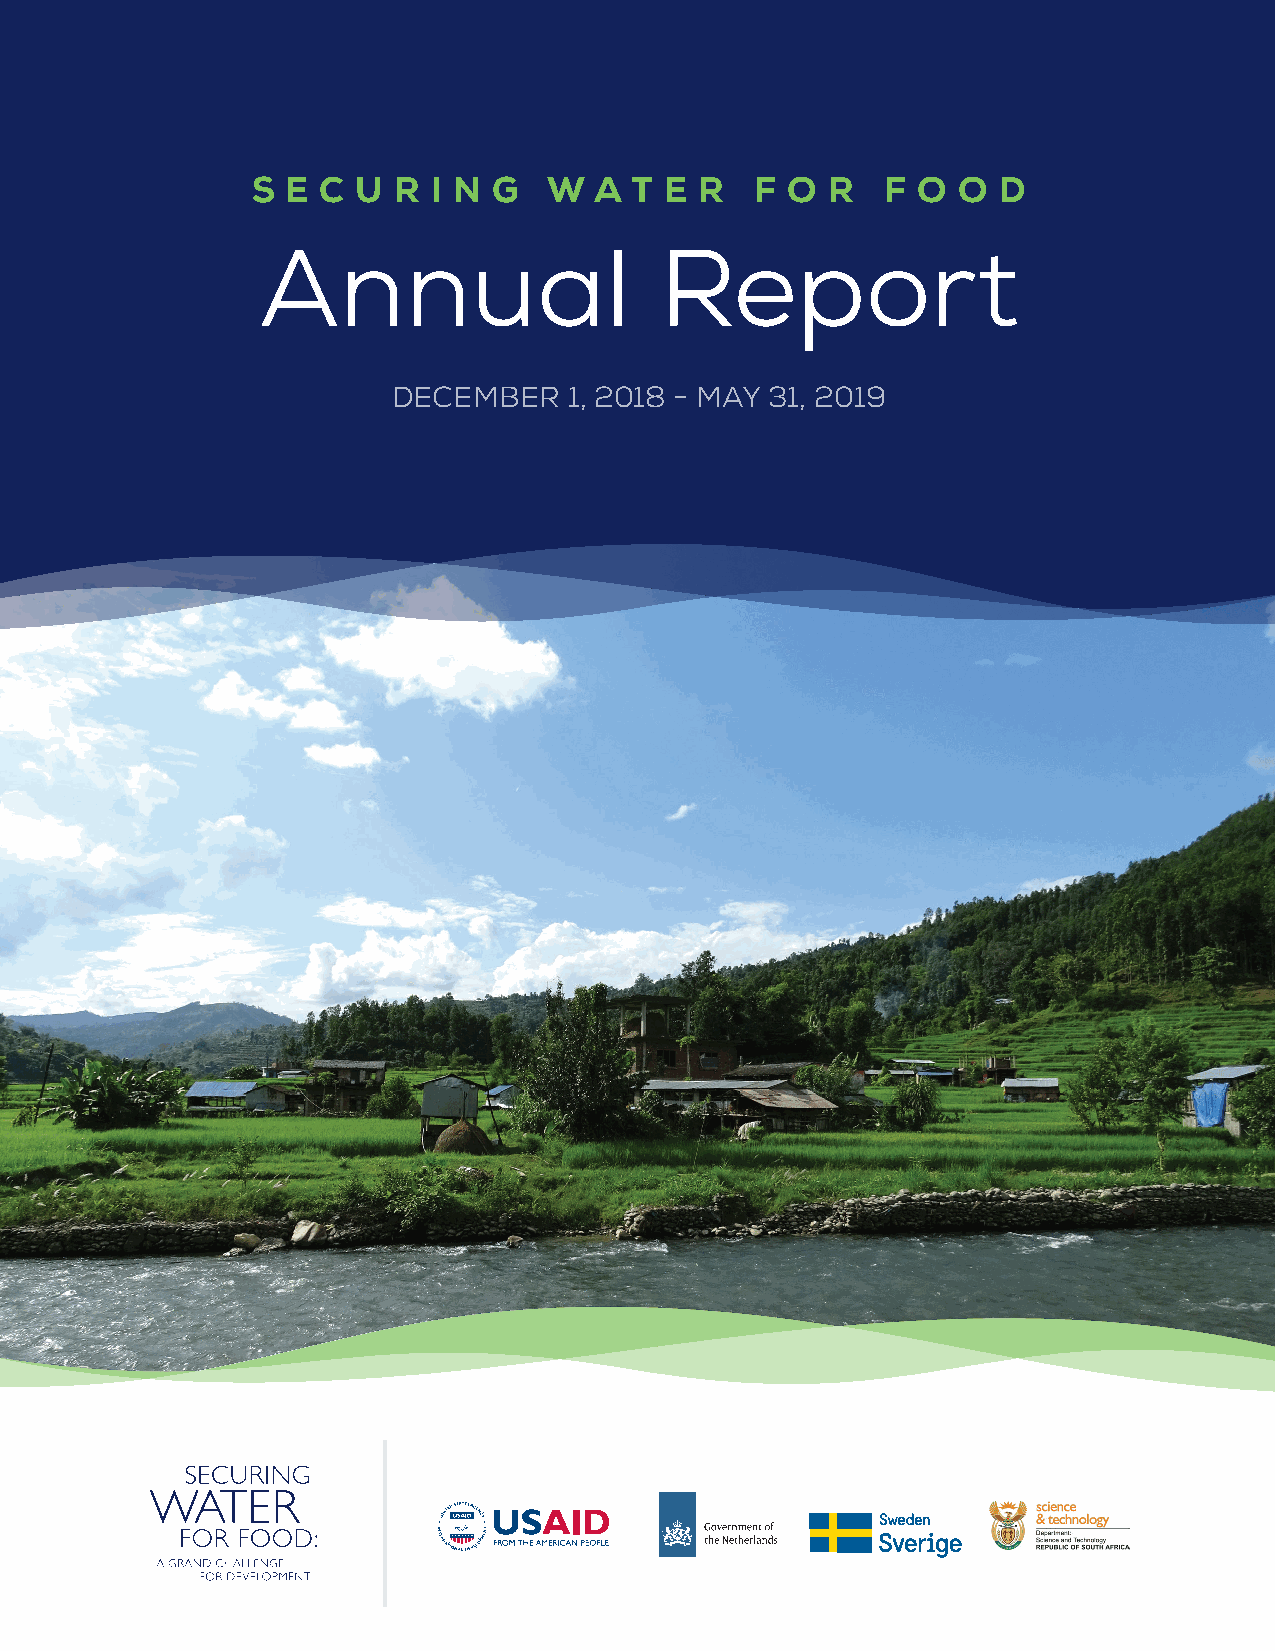
S E C  U R  I N G  W  A  T E R   F O  R   F O O  D
 Annual                     Report
 DECEMBER    1, 2018 - MAY 31, 2019